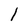
Character: l